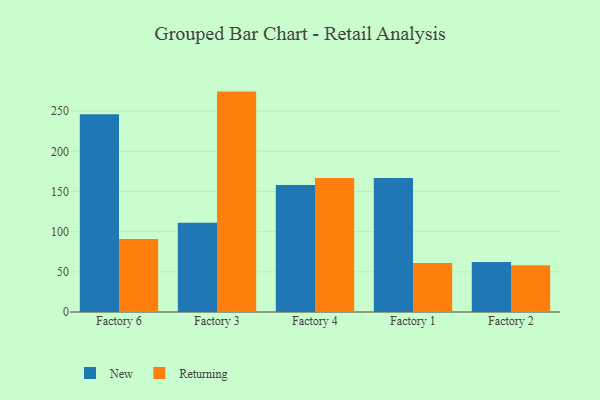
{"axis": {"x": "Factory", "y": "Satisfaction Score"}, "legend": ["New", "Returning"], "data": [{"x": "Factory 6", "y": 246.0, "type": "New"}, {"x": "Factory 6", "y": 90.9, "type": "Returning"}, {"x": "Factory 3", "y": 111.2, "type": "New"}, {"x": "Factory 3", "y": 274.3, "type": "Returning"}, {"x": "Factory 4", "y": 158.2, "type": "New"}, {"x": "Factory 4", "y": 166.9, "type": "Returning"}, {"x": "Factory 1", "y": 166.7, "type": "New"}, {"x": "Factory 1", "y": 61.1, "type": "Returning"}, {"x": "Factory 2", "y": 62.2, "type": "New"}, {"x": "Factory 2", "y": 58.3, "type": "Returning"}]}